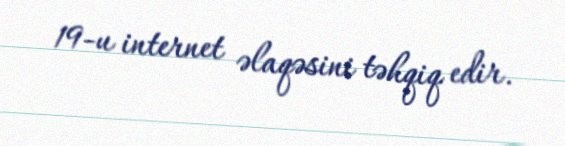
19-u internet əlaqəsini təhqiq edir.